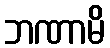
ဘဏာမိ